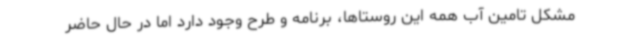
مشکل تامین آب همه این روستاها، برنامه و طرح وجود دارد اما در حال حاضر